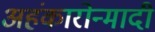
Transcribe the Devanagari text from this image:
अहंकारोन्मादी